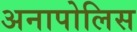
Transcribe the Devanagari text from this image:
अनापोलिस